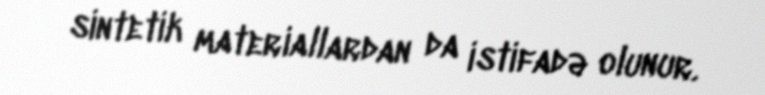
sintetik materiallardan da istifadə olunur.